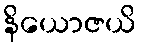
နိယောဇယိ